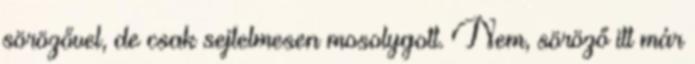
sörözővel, de csak sejtelmesen mosolygott. Nem, söröző itt már